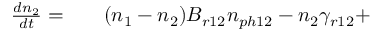
\begin{array} { r l r } { \frac { d n _ { 2 } } { d t } = } & { { } } & { ( n _ { 1 } - n _ { 2 } ) B _ { r 1 2 } n _ { p h 1 2 } - n _ { 2 } \gamma _ { r 1 2 } + } \end{array}